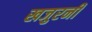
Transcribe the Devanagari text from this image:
खजुरनी